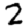
Digit: 2